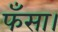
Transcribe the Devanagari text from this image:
फँसा।